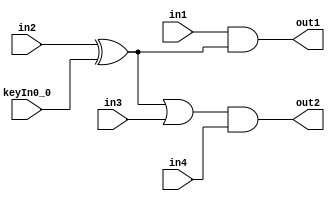
// [KeyGate]: KeyGate1, in2, keyWire0, keyIn0_0, in2
module input_propagation(in1, in2, in3, in4, out1, out2, keyIn0_0);

input in1, in2, in3, in4, keyIn0_0;
output out1, out2;
wire w1, keyWire0;

and AND1 (out1, in1, keyWire0);
or OR1 (w1, keyWire0, in3);
and AND2 (out2, w1, in4);

xor KeyGate1 (keyWire0, in2, keyIn0_0);

endmodule